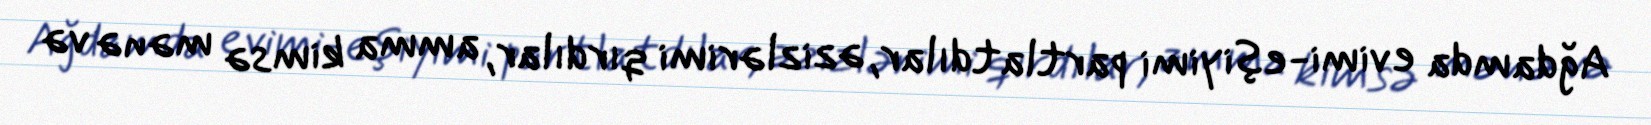
Ağdamda evimi-eşiyimi partlatdılar, əzizlərimi qırdılar, amma kimsə mənə və